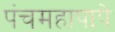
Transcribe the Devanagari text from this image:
पंचमहापापे